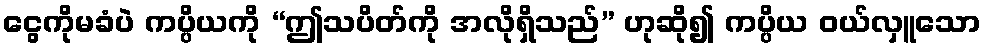
ငွေကိုမခံပဲ ကပ္ပိယကို “ဤသပိတ်ကို အလိုရှိသည်” ဟုဆို၍ ကပ္ပိယ ဝယ်လှူသော